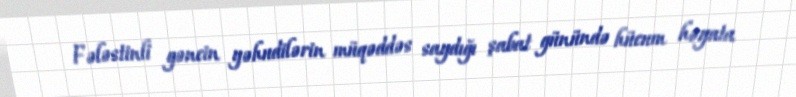
Fələstinli gəncin yəhudilərin müqəddəs saydığı şabat günündə hücum həyata